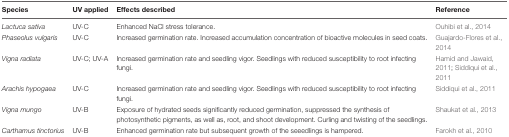
<table><thead><tr><td><b>Species</b></td><td><b>UV applied</b></td><td><b>Effects described</b></td><td><b>Reference</b></td></tr></thead><tbody><tr><td><i>Lactuca sativa</i></td><td>UV-C</td><td>Enhanced NaCl stress tolerance.</td><td>Ouhibi et al., 2014</td></tr><tr><td><i>Phaseolus vulgaris</i></td><td>UV-C</td><td>Increased germination rate. Increased accumulation concentration of bioactive molecules in seed coats.</td><td>Guajardo-Flores et al., 2014</td></tr><tr><td><i>Vigna radiata</i></td><td>UV-C; UV-A</td><td>Increased germination rate and seedling vigor. Seedlings with reduced susceptibility to root infecting fungi.</td><td>Hamid and Jawaid, 2011; Siddiqui et al., 2011</td></tr><tr><td><i>Arachis hypogaea</i></td><td>UV-C</td><td>Increased germination rate and seedling vigor. Seedlings with reduced susceptibility to root infecting fungi.</td><td>Siddiqui et al., 2011</td></tr><tr><td><i>Vigna mungo</i></td><td>UV-B</td><td>Exposure of hydrated seeds significantly reduced germination, suppressed the synthesis of photosynthetic pigments, as well as, root, and shoot development. Curling and twisting of the seedlings.</td><td>Shaukat et al., 2013</td></tr><tr><td><i>Carthamus tinctorius</i></td><td>UV-B</td><td>Enhanced germination rate but subsequent growth of the seeedlings is hampered.</td><td>Farokh et al., 2010</td></tr></tbody></table>